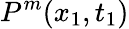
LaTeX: P^{m}(x_{1},t_{1})